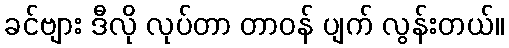
ခင်ဗျား ဒီလို လုပ်တာ တာဝန် ပျက် လွန်းတယ်။